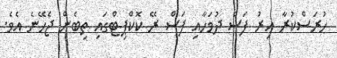
ހުރަސްކުރާ އިރު ފަސް ދުވަހާއި ފަސް ރޭ ކޮކްޕިޓްގައި ތިބެން ޖެހޭނެ އެވެ.